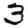
Digit: 3